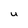
Character: u